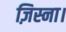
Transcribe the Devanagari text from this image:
ज़िस्ना।